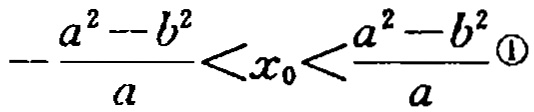
\(-\frac{a^{2}-b^{2}}{a}<x_{0}<\frac{a^{2}-b^{2}}{a}\textcircled{1}\)